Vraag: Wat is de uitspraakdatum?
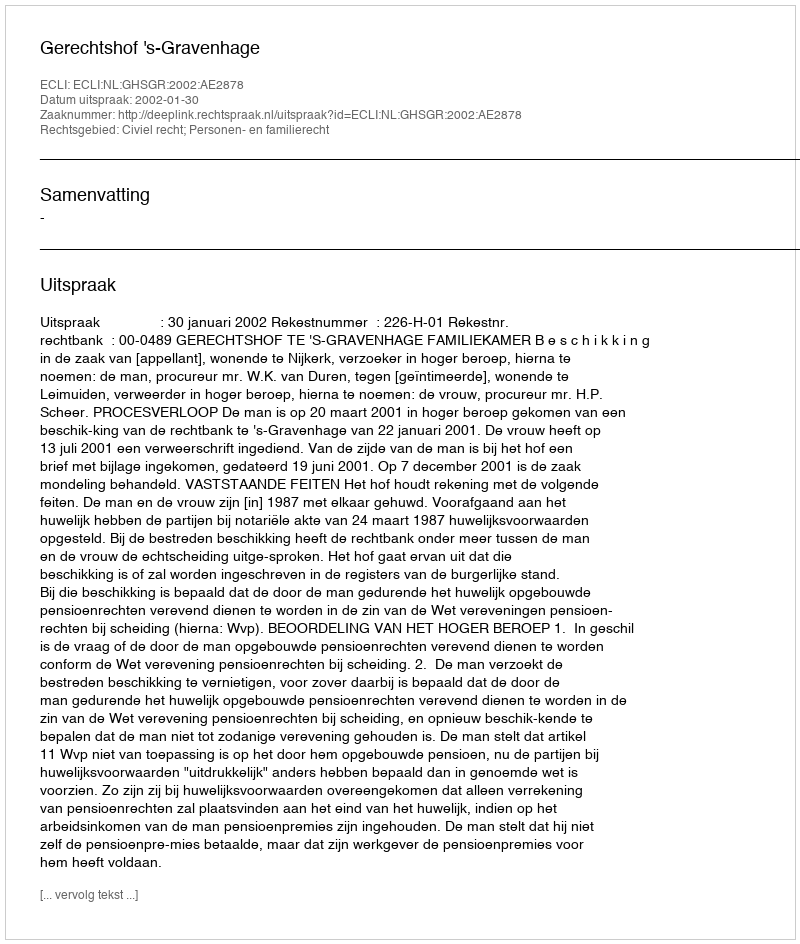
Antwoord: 2002-01-30